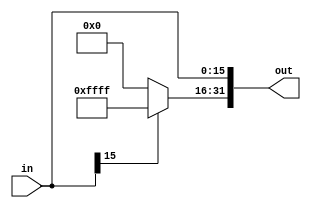
`timescale 1ns / 1ps

module SignExtension(in, out);

    input [15:0] in;
    
    
    output reg [31:0] out;
    
    always @(in)
    if (in[15] == 0) begin
        out[15:0] <= in;
        out[31:16] <= 0;
    end
    else begin
        out[15:0] <= in;
        out[31:16] <= 16'hFFFF;
    end
    
endmodule